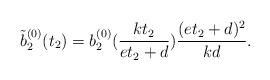
LaTeX: \begin{align*}\tilde{b}_{2}^{(0)}(t_{2}) = b_{2}^{(0)}( \frac{k t_{2}}{ et_{2} + d}) \frac{( e t_{2} + d)^{2}}{kd}.\end{align*}